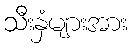
သီးနှံများအား